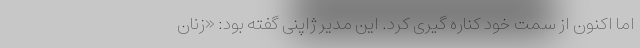
اما اکنون از سمت خود کناره گیری کرد. این مدیر ژاپنی گفته بود: «زنان